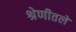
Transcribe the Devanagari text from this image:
श्रेणीतले